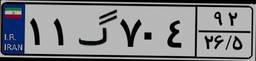
۱۱گ۷۰۴۹۲